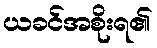
ယခင်အစိုးရ၏